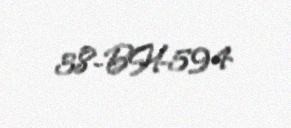
38-BH-594